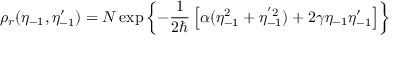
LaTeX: \rho _ { r } ( \eta _ { - 1 } , \eta _ { - 1 } ^ { \prime } ) = { \cal N } \exp \left\{ - { \frac { 1 } { 2 \hbar } } \left[ \alpha ( \eta _ { - 1 } ^ { 2 } + \eta _ { - 1 } ^ { ' 2 } ) + 2 \gamma \eta _ { - 1 } \eta _ { - 1 } ^ { \prime } \right] \right\}